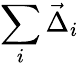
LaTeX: \sum_{i}\vec{\Delta}_{i}